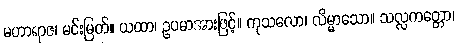
မဟာရာဇ၊ မင်းမြတ်။ ယထာ၊ ဥပမာအားဖြင့်။ ကုသလော၊ လိမ္မာသော။ သလ္လကတ္တော၊